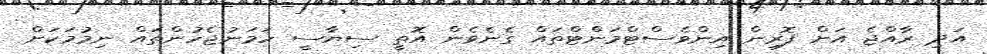
އަދި ރާއްޖެ އަށް ފޮރިން އިންވެސްޓްމަންޓްތައް ގެނެވެން އޮތީ ސިޔާސީ ހަމަނުޖެހުންތައް ނިމުމަކަށް